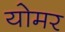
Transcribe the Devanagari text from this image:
योमर